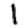
Digit: 1